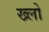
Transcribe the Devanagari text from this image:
ख्लो